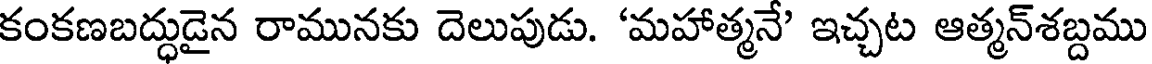
కంకణబద్ధుడైన రామునకు దెలుపుడు. 'మహాత్మనే' ఇచ్చట ఆత్మన్శబ్దము